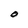
Character: O